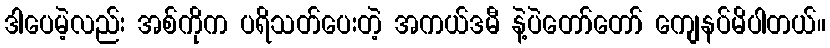
ဒါပေမဲ့လည်း အစ်ကိုက ပရိသတ်ပေးတဲ့ အကယ်ဒမီ နဲ့ပဲတော်တော် ကျေနပ်မိပါတယ်။